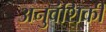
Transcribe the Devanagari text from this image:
अनुवंशिकी